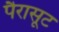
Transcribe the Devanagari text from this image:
पैरासूट